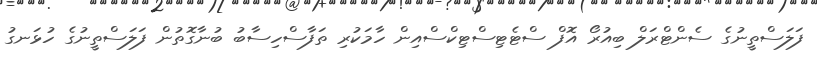
ފަލަސްތީނުގެ ސެންޓްރަލް ބިއުރޯ އޮފް ސްޓެޓިސްޓިކްސްއިން ހާމަކުރި ތަފާސްހިސާބު ބުނާގޮތުން ފަލަސްތީނުގެ ހުޅަނގު